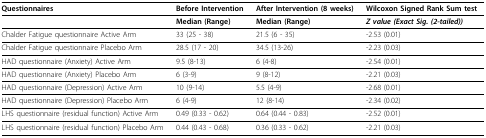
<table><thead><tr><td><b>Questionnaires</b></td><td><b>Before Intervention</b></td><td><b>After Intervention (8 weeks)</b></td><td><b>Wilcoxon Signed Rank Sum test</b></td></tr></thead><tbody><tr><td></td><td><b>Median (Range)</b></td><td><b>Median (Range)</b></td><td><b><i>Z value (Exact Sig. (2-tailed))</i></b></td></tr><tr><td>Chalder Fatigue questionnaire Active Arm</td><td>33 (25 - 38)</td><td>21.5 (6 - 35)</td><td>-2.53 (0.01)</td></tr><tr><td>Chalder Fatigue questionnaire Placebo Arm</td><td>28.5 (17 - 20)</td><td>34.5 (13-26)</td><td>-2.23 (0.03)</td></tr><tr><td>HAD questionnaire (Anxiety) Active Arm</td><td>9.5 (8-13)</td><td>6 (4-8)</td><td>-2.54 (0.01)</td></tr><tr><td>HAD questionnaire (Anxiety) Placebo Arm</td><td>6 (3-9)</td><td>9 (8-12)</td><td>-2.21 (0.03)</td></tr><tr><td>HAD questionnaire (Depression) Active Arm</td><td>10 (9-14)</td><td>5.5 (4-9)</td><td>-2.68 (0.01)</td></tr><tr><td>HAD questionnaire (Depression) Placebo Arm</td><td>6 (4-9)</td><td>12 (8-14)</td><td>-2.34 (0.02)</td></tr><tr><td>LHS questionnaire (residual function) Active Arm</td><td>0.49 (0.33 - 0.62)</td><td>0.64 (0.44 - 0.83)</td><td>-2.52 (0.01)</td></tr><tr><td>LHS questionnaire (residual function) Placebo Arm</td><td>0.44 (0.43 - 0.68)</td><td>0.36 (0.33 - 0.62)</td><td>-2.21 (0.03)</td></tr></tbody></table>